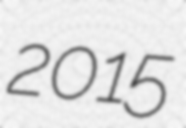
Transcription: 2015